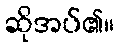
ဆိုအပ်၏။